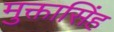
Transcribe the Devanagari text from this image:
मुक्तासिंह